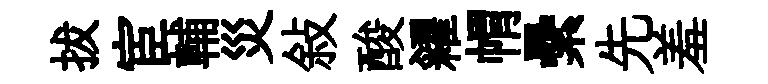
拔宦輔災敍酸糴㡌纍先羞